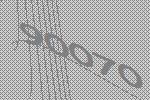
90070